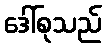
ဒေါ်စုသည်